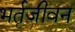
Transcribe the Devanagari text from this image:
भर्तृजीवन